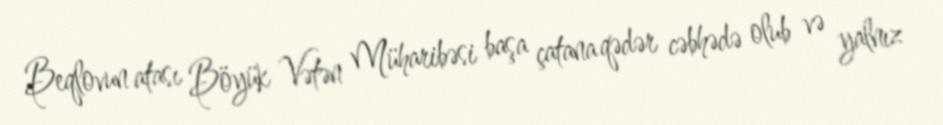
Beqlovun atası Böyük Vətən Müharibəsi başa çatana qədər cəbhədə olub və yalnız